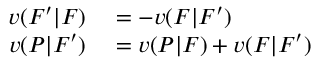
\begin{array} { r l } { v ( F ^ { \prime } | F ) } & { { } = - v ( F | F ^ { \prime } ) } \\ { v ( P | F ^ { \prime } ) } & { { } = v ( P | F ) + v ( F | F ^ { \prime } ) } \end{array}